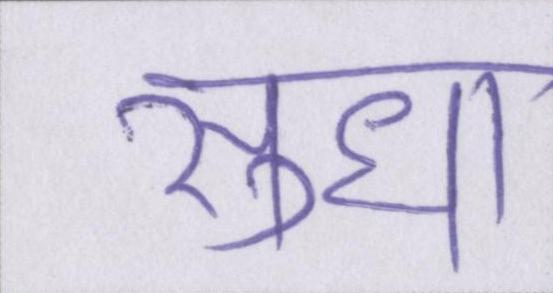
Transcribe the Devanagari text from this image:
सुधा